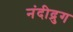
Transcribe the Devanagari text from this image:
नंदीद्रुग